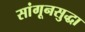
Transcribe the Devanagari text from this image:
सांगूनसुद्धा